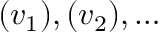
( v _ { 1 } ) , ( v _ { 2 } ) , \ldots